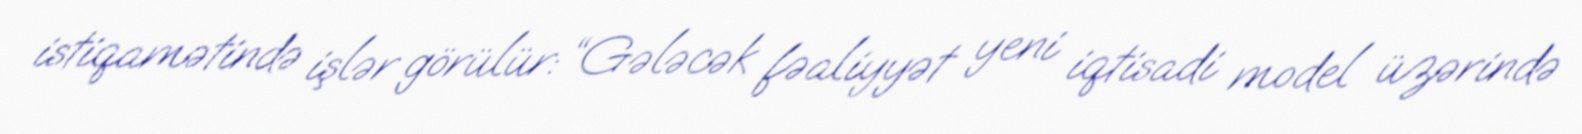
istiqamətində işlər görülür: “Gələcək fəaliyyət yeni iqtisadi model üzərində